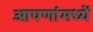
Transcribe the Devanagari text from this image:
आपणांमध्यें